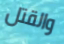
والقتل